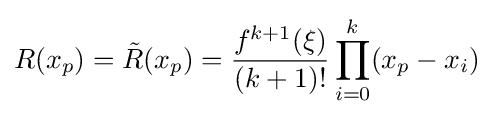
R(x_{p})={\tilde {R}}(x_{p})={\frac {f^{k+1}(\xi )}{(k+1)!}}\prod _{i=0}^{k}(x_{p}-x_{i})